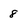
Character: 8